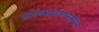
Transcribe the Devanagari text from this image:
फोल्क्सवागनसोबत